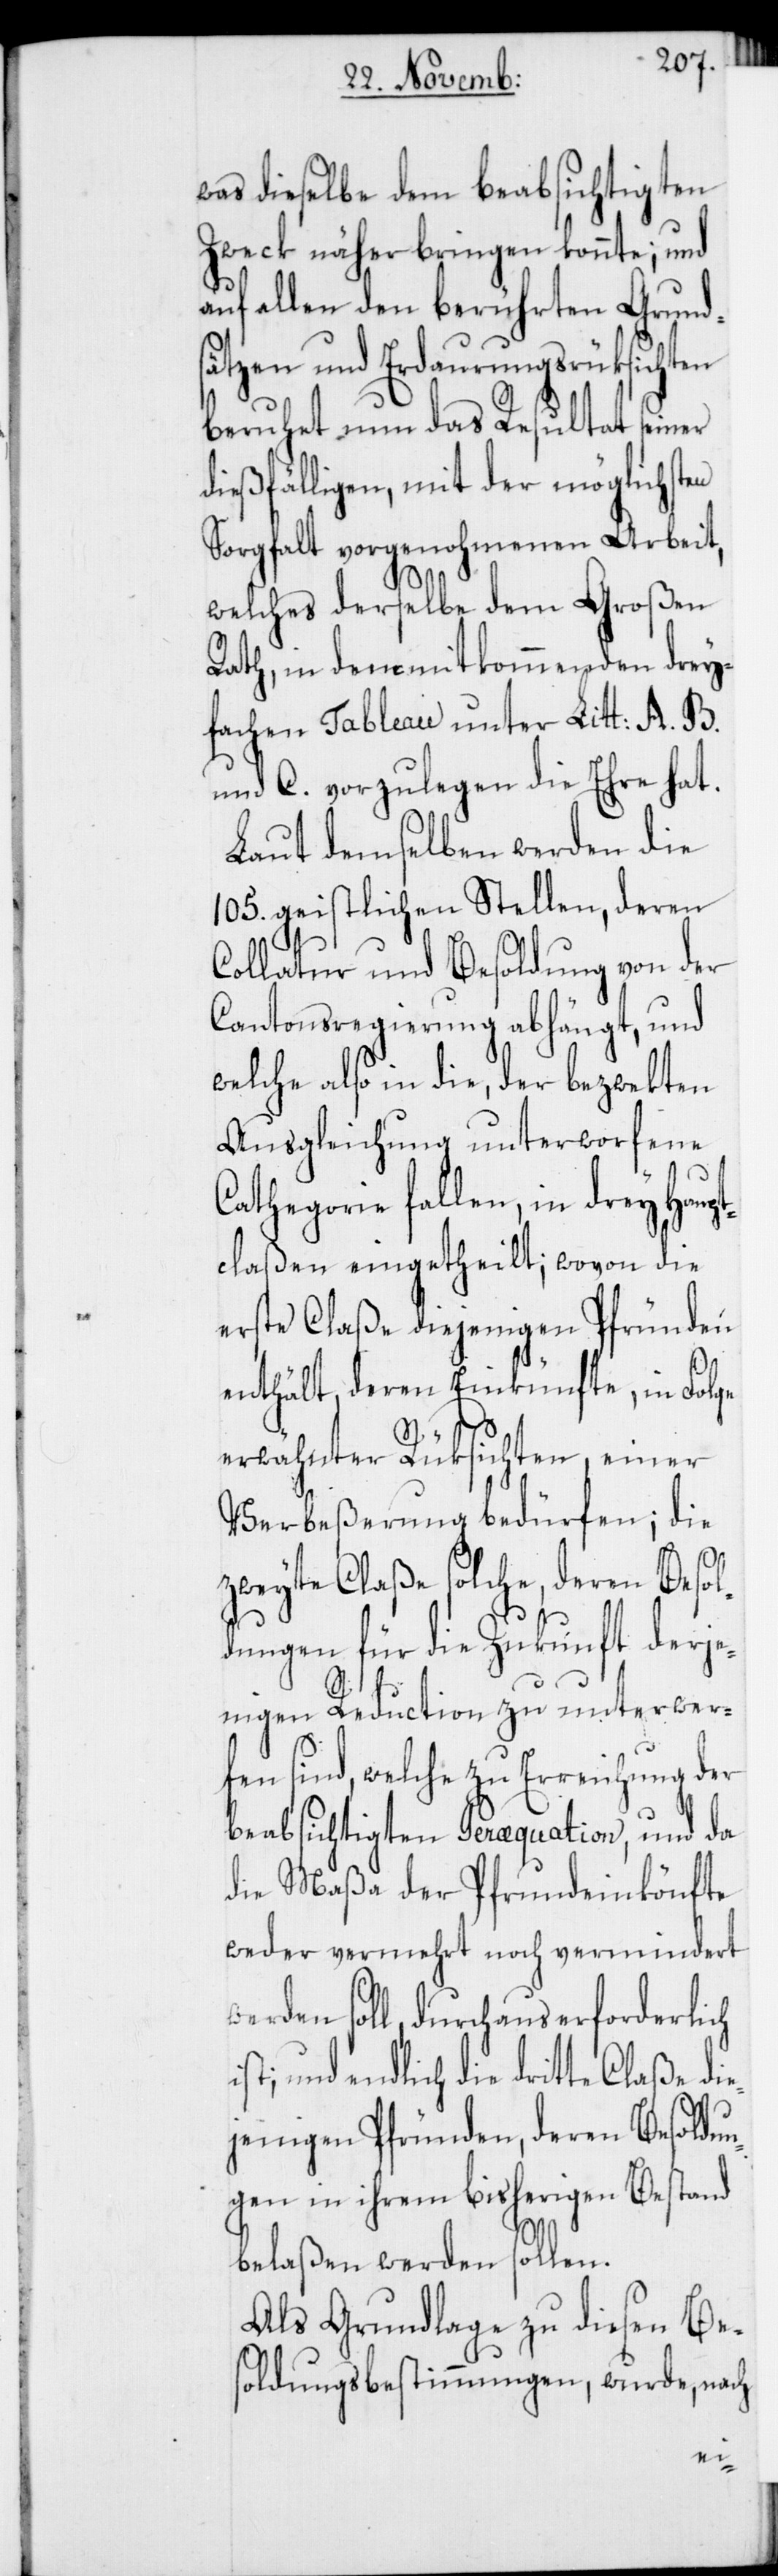
was dieselbe dem beabsichtigten
Zweck näher bringen konnte; und
auf allen den berührten Grund¬
sätzen und Erdaurungsrüksichten
beruhet nun das Resultat seiner
dießfälligen, mit der möglichsten
Sorgfalt vorgenohmenen Arbeit,
welches derselbe dem Großen
Rath, in den mit kommenden drey¬
fachen Tableau unter Lit: A. B.
und C. vorzulegen die Ehre hat.
Laut demselben werden die
105. geistlichen Stellen, deren
Collatur und Besoldung von der
Cantonsregierung abhängt, und
welche also die, der bezwekten
Ausgleichung unterworfene
Cathegorie fallen, in drey Haup¬
tclaßen eingetheilt; wovon die
erste Claße diejenigen Pfründen
enthält, deren Einkünfte, in Folge
erwähnter Rüksichten, einer
Verbeßerung bedürfen; die
zweyte Claße solche, deren Besol¬
dungen für die Zukunft derje¬
nigen Reduction zu unterwer¬
fen sind, welche zu Erreichung der
beabsichtigten Peræquation, und da
die Maßa der Pfrundeinkönfte
weder vermehrt noch vermindert
werden soll, durchaus erforderlich
ist; und endlich die dritte Claße die¬
jenigen Pfründen, deren Besoldu¬
ngen in ihrem bisherigen Bestand
belaßen werden sollen.
Als Grundlage zu diesen Bes¬
oldungsbestimmungen, wurde, nach